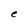
Character: e